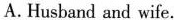
A.Husband and wife.